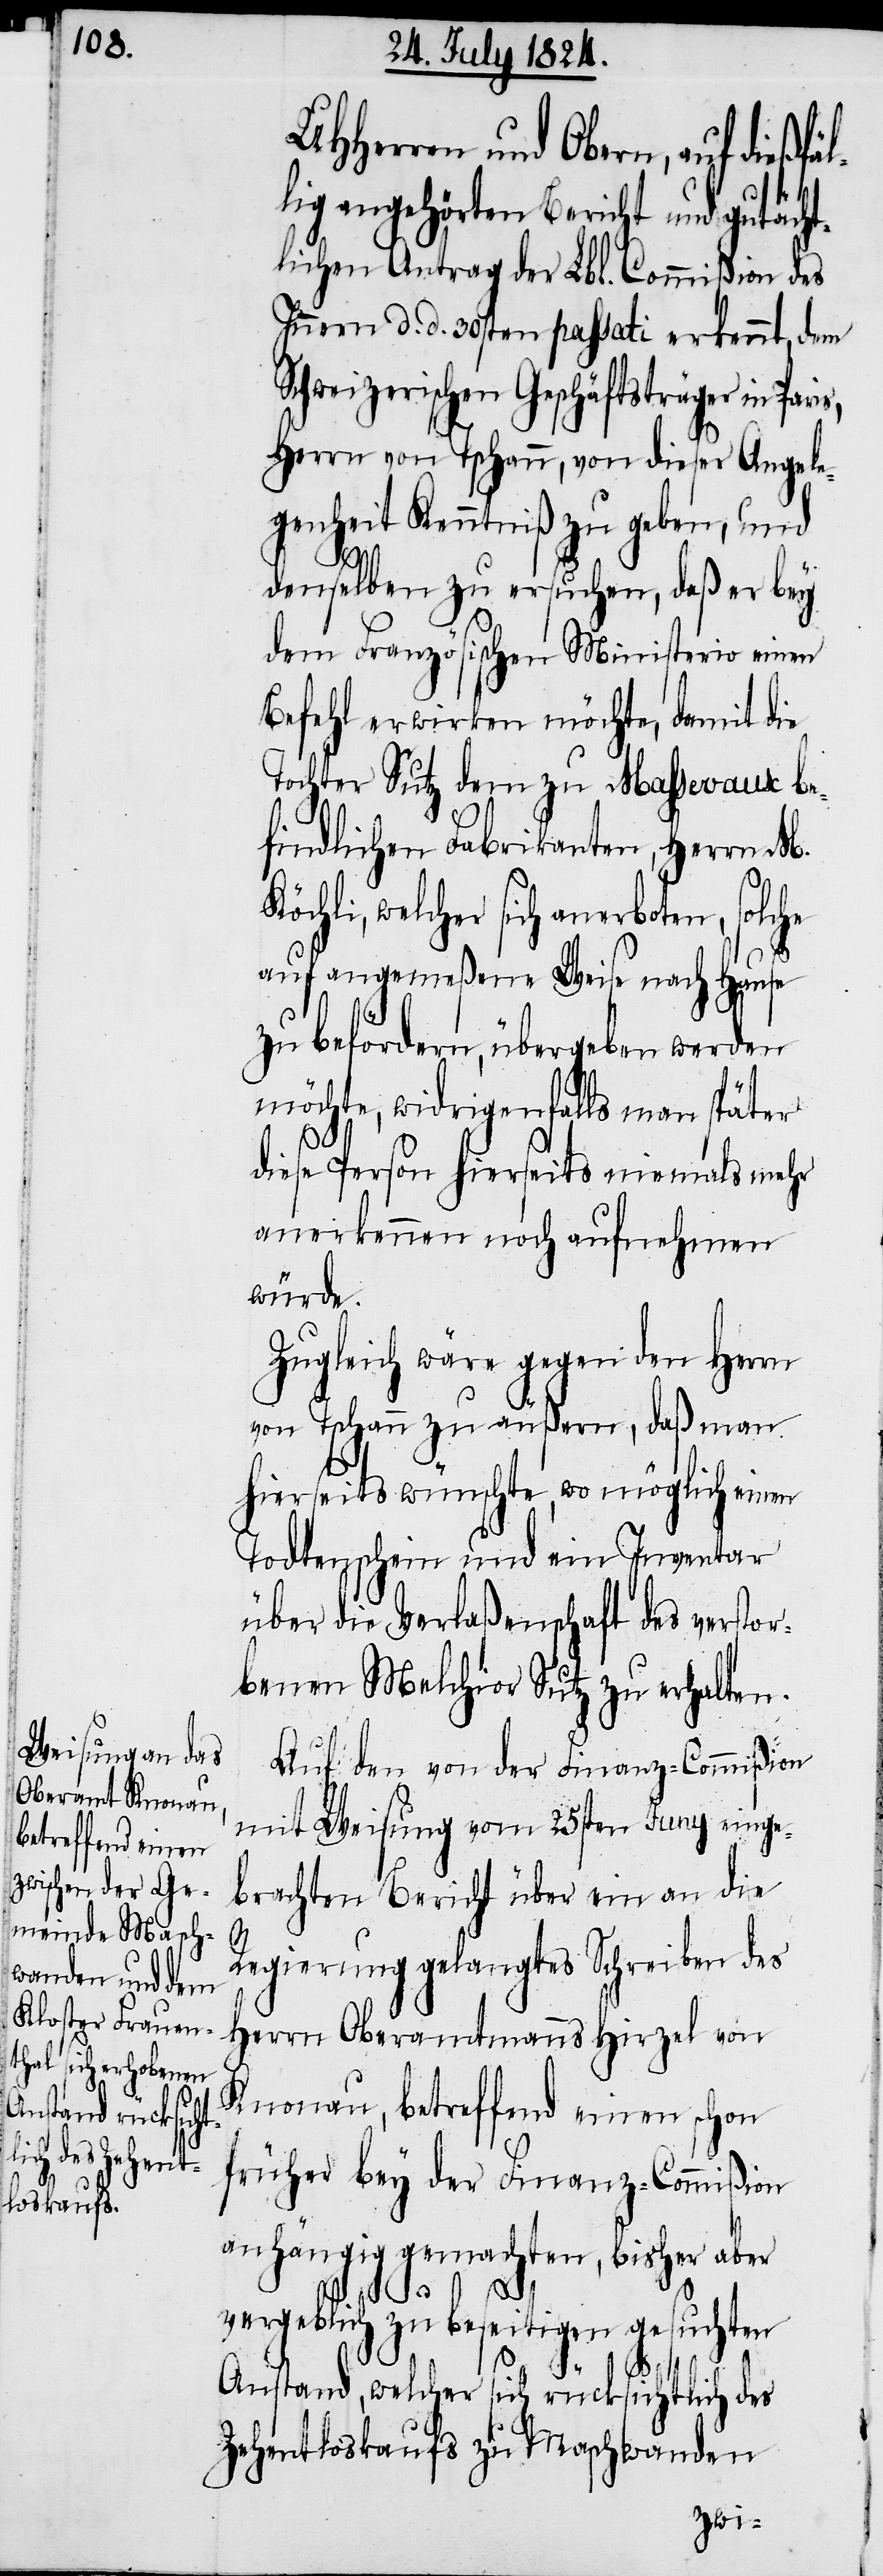
UHHerren und Obern, auf dießfä¬
lig angehörten Bericht und gutächt¬
lichen Antrag der Lbl. Commißion des
Innern d. d. 30sten passati erkennt, dem
Schweizerischen Geschäftsträger in Par¬
Herrn von Tschann, von dieser Angele¬
genheit Kenntniß zu geben, und
denselben zu ersuchen, daß er bey
dem Französischen Ministerio einen
Befehl erwirken möchte, damit die
Tochter Sutz dem zu Massevaux be¬
findlichen Fabrikanten, Herrn M.
Köchli, welcher sich anerboten, solche
auf angemeßene Weise nach Hause
zu befördern, übergeben werden
möchte, widrigenfalls man später
diese Person hierseits niemals mehr
anerkennen noch aufnehmen
würde.
Zugleich wäre gegen den Herrn
von Tschann zu äußern, daß man
hierseits wünschte, wo möglich einen
Todtenschein und ein Inventar
über die Verlaßenschaft des verstor¬
benen Melchior Sutz zu erhalten.
Auf den von der Finanz-Commißion
mit Weisung vom 25sten Juny einge¬
brachten Bericht über ein an die
l¬
Regierung gelangtes Schreiben des
Herrn Oberamtmanns Hirzel von
Knonau, betreffend einen schon
früher bey der Finanz-Commißion
anhängig gemachten, bisher aber
is,
vergeblich zu beseitigen gesuchten
Anstand, welcher sich rücksichtlich des
Zehentloskaufs zu Maschwanden